system: You are a helpful assistant.
user:
Analyze the provided spectrum to determine if it is a **"Cataclysmic Variables (CV)"**.

- **Key Indicators for CV (Check for either state):**
    - **State 1: Quiescent / Low-State (Emission-Dominated)**
        - **(Primary):** Strong and *very broad* Hydrogen Balmer emission lines (e.g., $H\alpha$ at 6563 Å, $H\beta$ at 4861 Å). The 'broadness' (high velocity dispersion, often FWHM > 1000 km/s) is the key diagnostic, indicating a high-velocity accretion disk.
        - **(Secondary):** Broad neutral Helium (He I) emission lines (e.g., 5876 Å, 6678 Å).
        - **(Key Confirmation):** Presence of high-excitation *ionized* Helium (He II) emission at 4686 Å. This is a strong indicator of accretion onto a white dwarf.
        - **(Line Profile):** Emission lines may exhibit a 'double-peaked' profile, which is a classic signature of a rotating accretion disk viewed at high inclination.

    - **State 2: Outburst / High-State (Absorption-Dominated)**
        - **(Primary):** Spectrum is dominated by a bright, blue continuum (looks like a hot star).
        - **(Secondary):** The emission lines from State 1 are weak, absent, or 'filled in', and are replaced by broad, shallow *absorption* lines (primarily Balmer and He I).
        - **(Morphology):** The overall spectrum mimics a hot B/A-type star. The crucial difference is that the absorption lines are significantly broader, shallower, and more 'washed-out' (or 'smeared') than the sharp lines of a normal stellar photosphere, due to high rotational speeds and pressure broadening in the disk.

Think first, call **spectral_visualization_tool** if needed to examine features in detail, then provide your final answer. Your response must adhere to the following strict rules:
1.  **Overall Structure:** Your response must follow the format `<think>...</think> <tool_call>...</tool_call> (if a tool is used) <answer>...</answer>`.
2.  **Tool Usage Constraint:** You may only make **one** tool call per turn.
3.  **Final Answer Format:** In the `<answer>` tag, your conclusion must be inside a `\boxed{}` command (e.g., `\boxed{YES}`), followed by your justification.

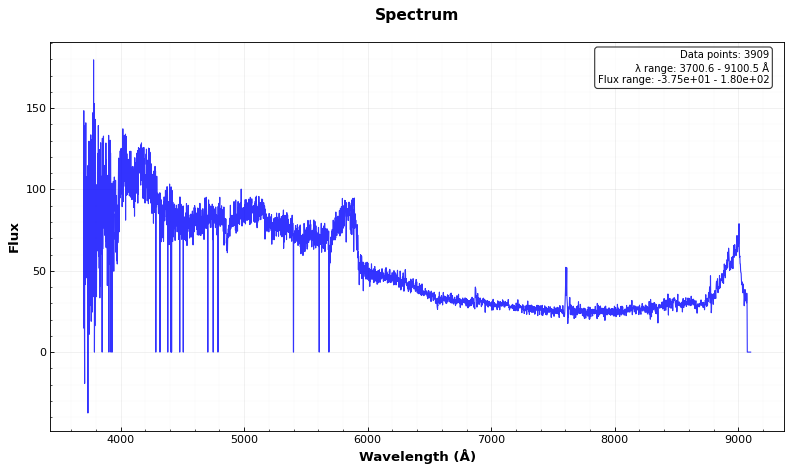
Answer: NO